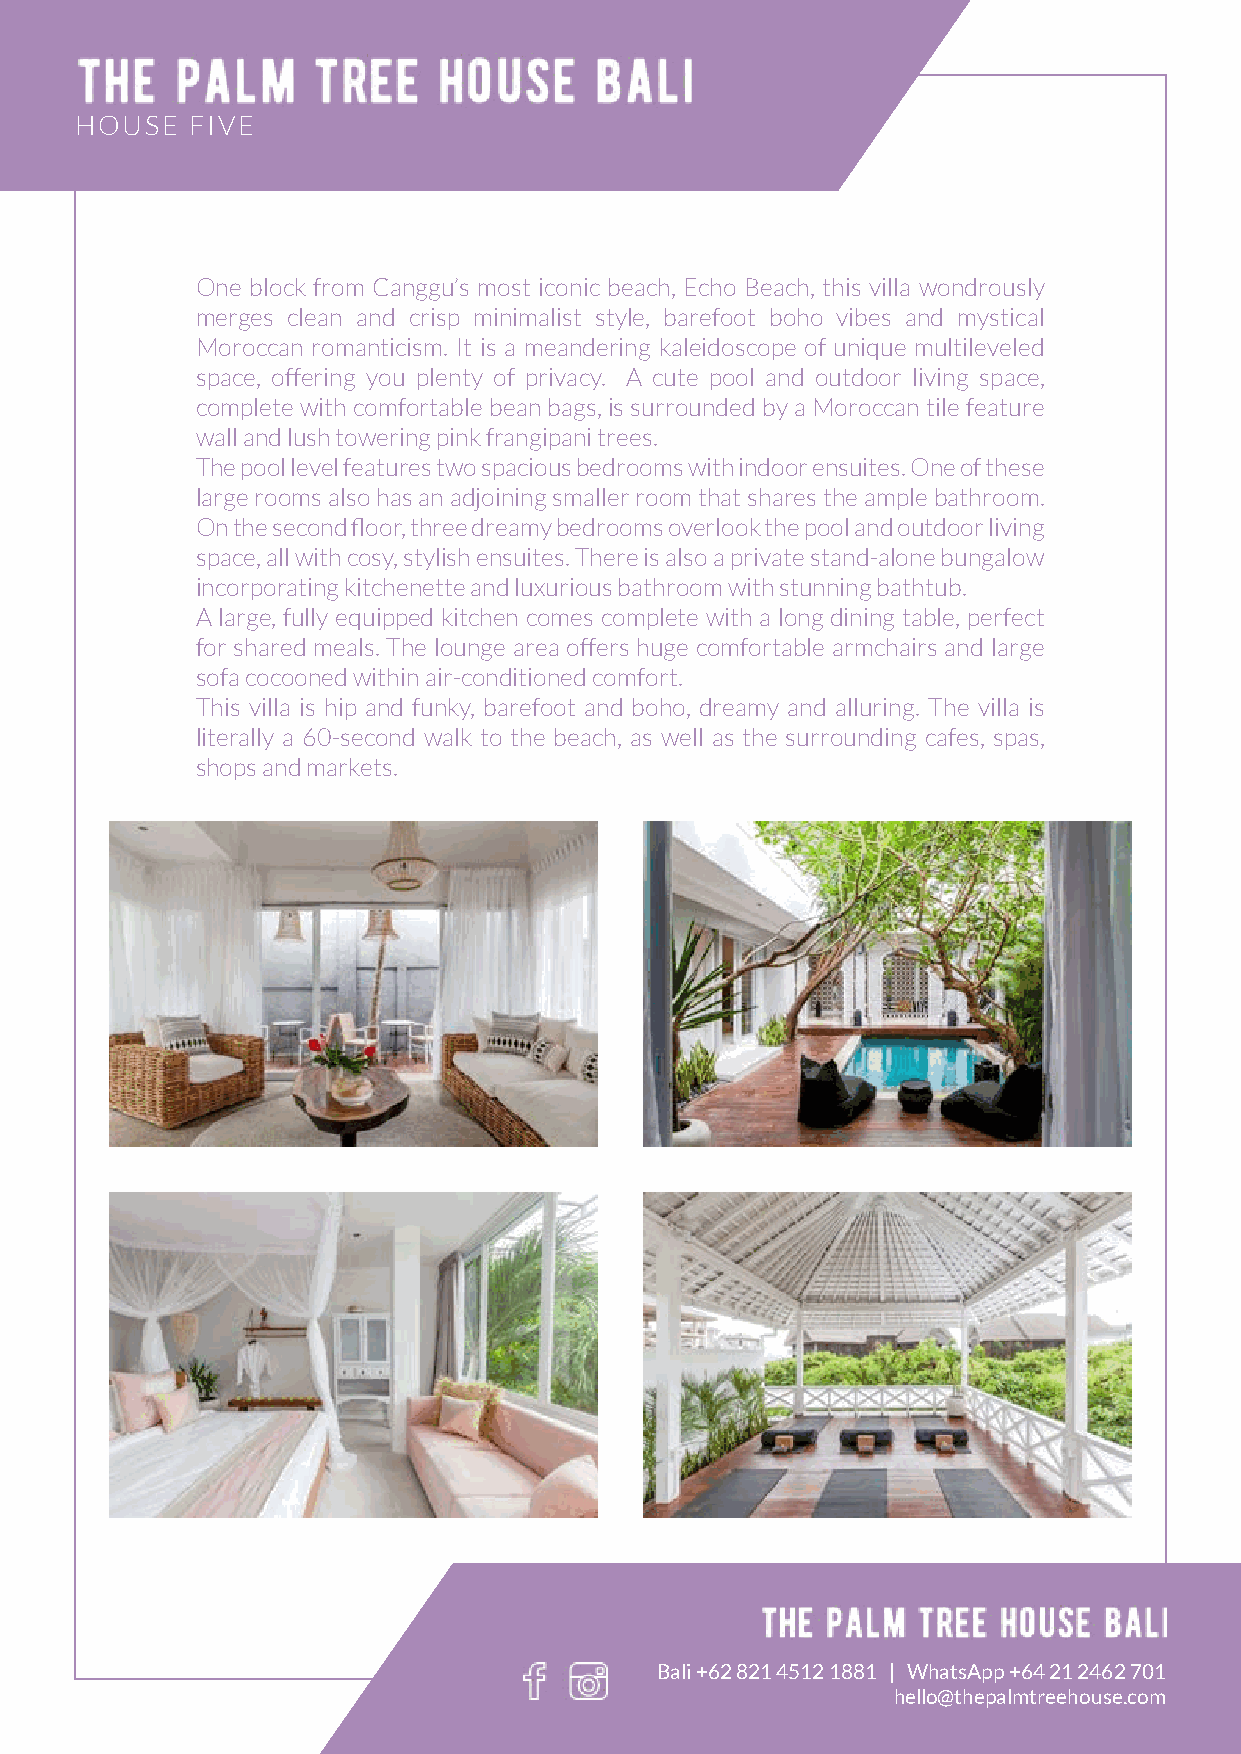
HOUSE  FIVE
 One block from Canggu’s most iconic beach, Echo Beach, this villa wondrously
 merges clean and crisp minimalist style, barefoot boho vibes and mystical
 Moroccan romanticism. It is a meandering kaleidoscope of unique multileveled
 space, offering you plenty of privacy. A cute pool and outdoor living space,
 complete with comfortable bean bags, is surrounded by a Moroccan tile feature
 wall and lush towering pink frangipani trees.
 The pool level features two spacious bedrooms with indoor ensuites. One of these
 large rooms also has an adjoining smaller room that shares the ample bathroom.
 On the second floor, three dreamy bedrooms overlook the pool and outdoor living
 space, all with cosy, stylish ensuites. There is also a private stand-alone bungalow
 incorporating kitchenette and luxurious bathroom with stunning bathtub.
 A large, fully equipped kitchen comes complete with a long dining table, perfect
 for shared meals. The lounge area offers huge comfortable armchairs and large
 sofa cocooned within air-conditioned comfort.
 This villa is hip and funky, barefoot and boho, dreamy and alluring. The villa is
 literally a 60-second walk to the beach, as well as the surrounding cafes, spas,
 shops and markets.
 Bali +62 821 4512 1881 | WhatsApp +64 21 2462 701
 hello@thepalmtreehouse.com